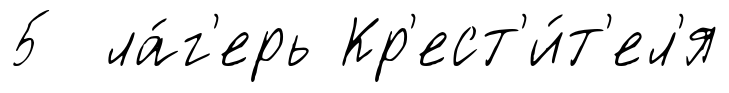
5 ла́г'ерь Кр'ест'и́т'ел'я